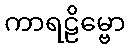
ကာရဠိမ္ဗော